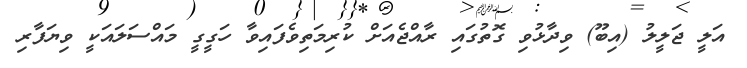
އަލީ ޖަލީލު (އިބޫ) ވިދާޅުވި ގޮތުގައި ރާއްޖެއަށް ކުރިމަތިވެފައިވާ ހަގީގީ މައްސަލައަކީ ވިޔަފާރި